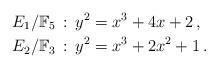
LaTeX: \begin{align*}E_1/\mathbb{F}_{5}\,&:\,y^2 = x^3 + 4x + 2\,,\\E_2/\mathbb{F}_{3}\,&:\,y^2 = x^3 + 2x^2 + 1\,.\end{align*}